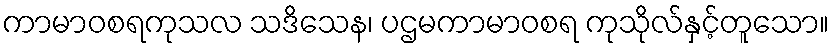
ကာမာဝစရကုသလ သဒိသေန၊ ပဌမကာမာဝစရ ကုသိုလ်နှင့်တူသော။